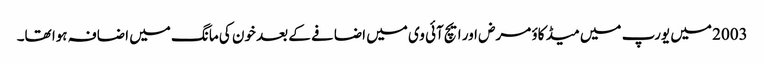
2003 میں یورپ میں میڈ کاؤ مرض اور ایچ آئی وی میں اضافے کے بعد خون کی مانگ میں اضافہ ہوا تھا۔